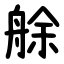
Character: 艅